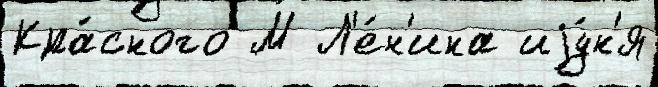
Кра́сного М Л'е́н'ина иjу́н'я